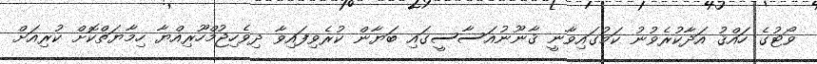
ވޯޓުގެ ހައްޤު އަދާކުރެވުނު ކަމުގައިވާނީ ޤާނޫނުއަސާސީގައި ބަޔާން ކުރެވިފައިވާ ދިވެހިޖުމްހޫރިއްޔާ ހިމާޔަތްކޮށް ކުރިއަށް